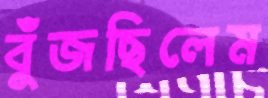
বুঁজছিলেম